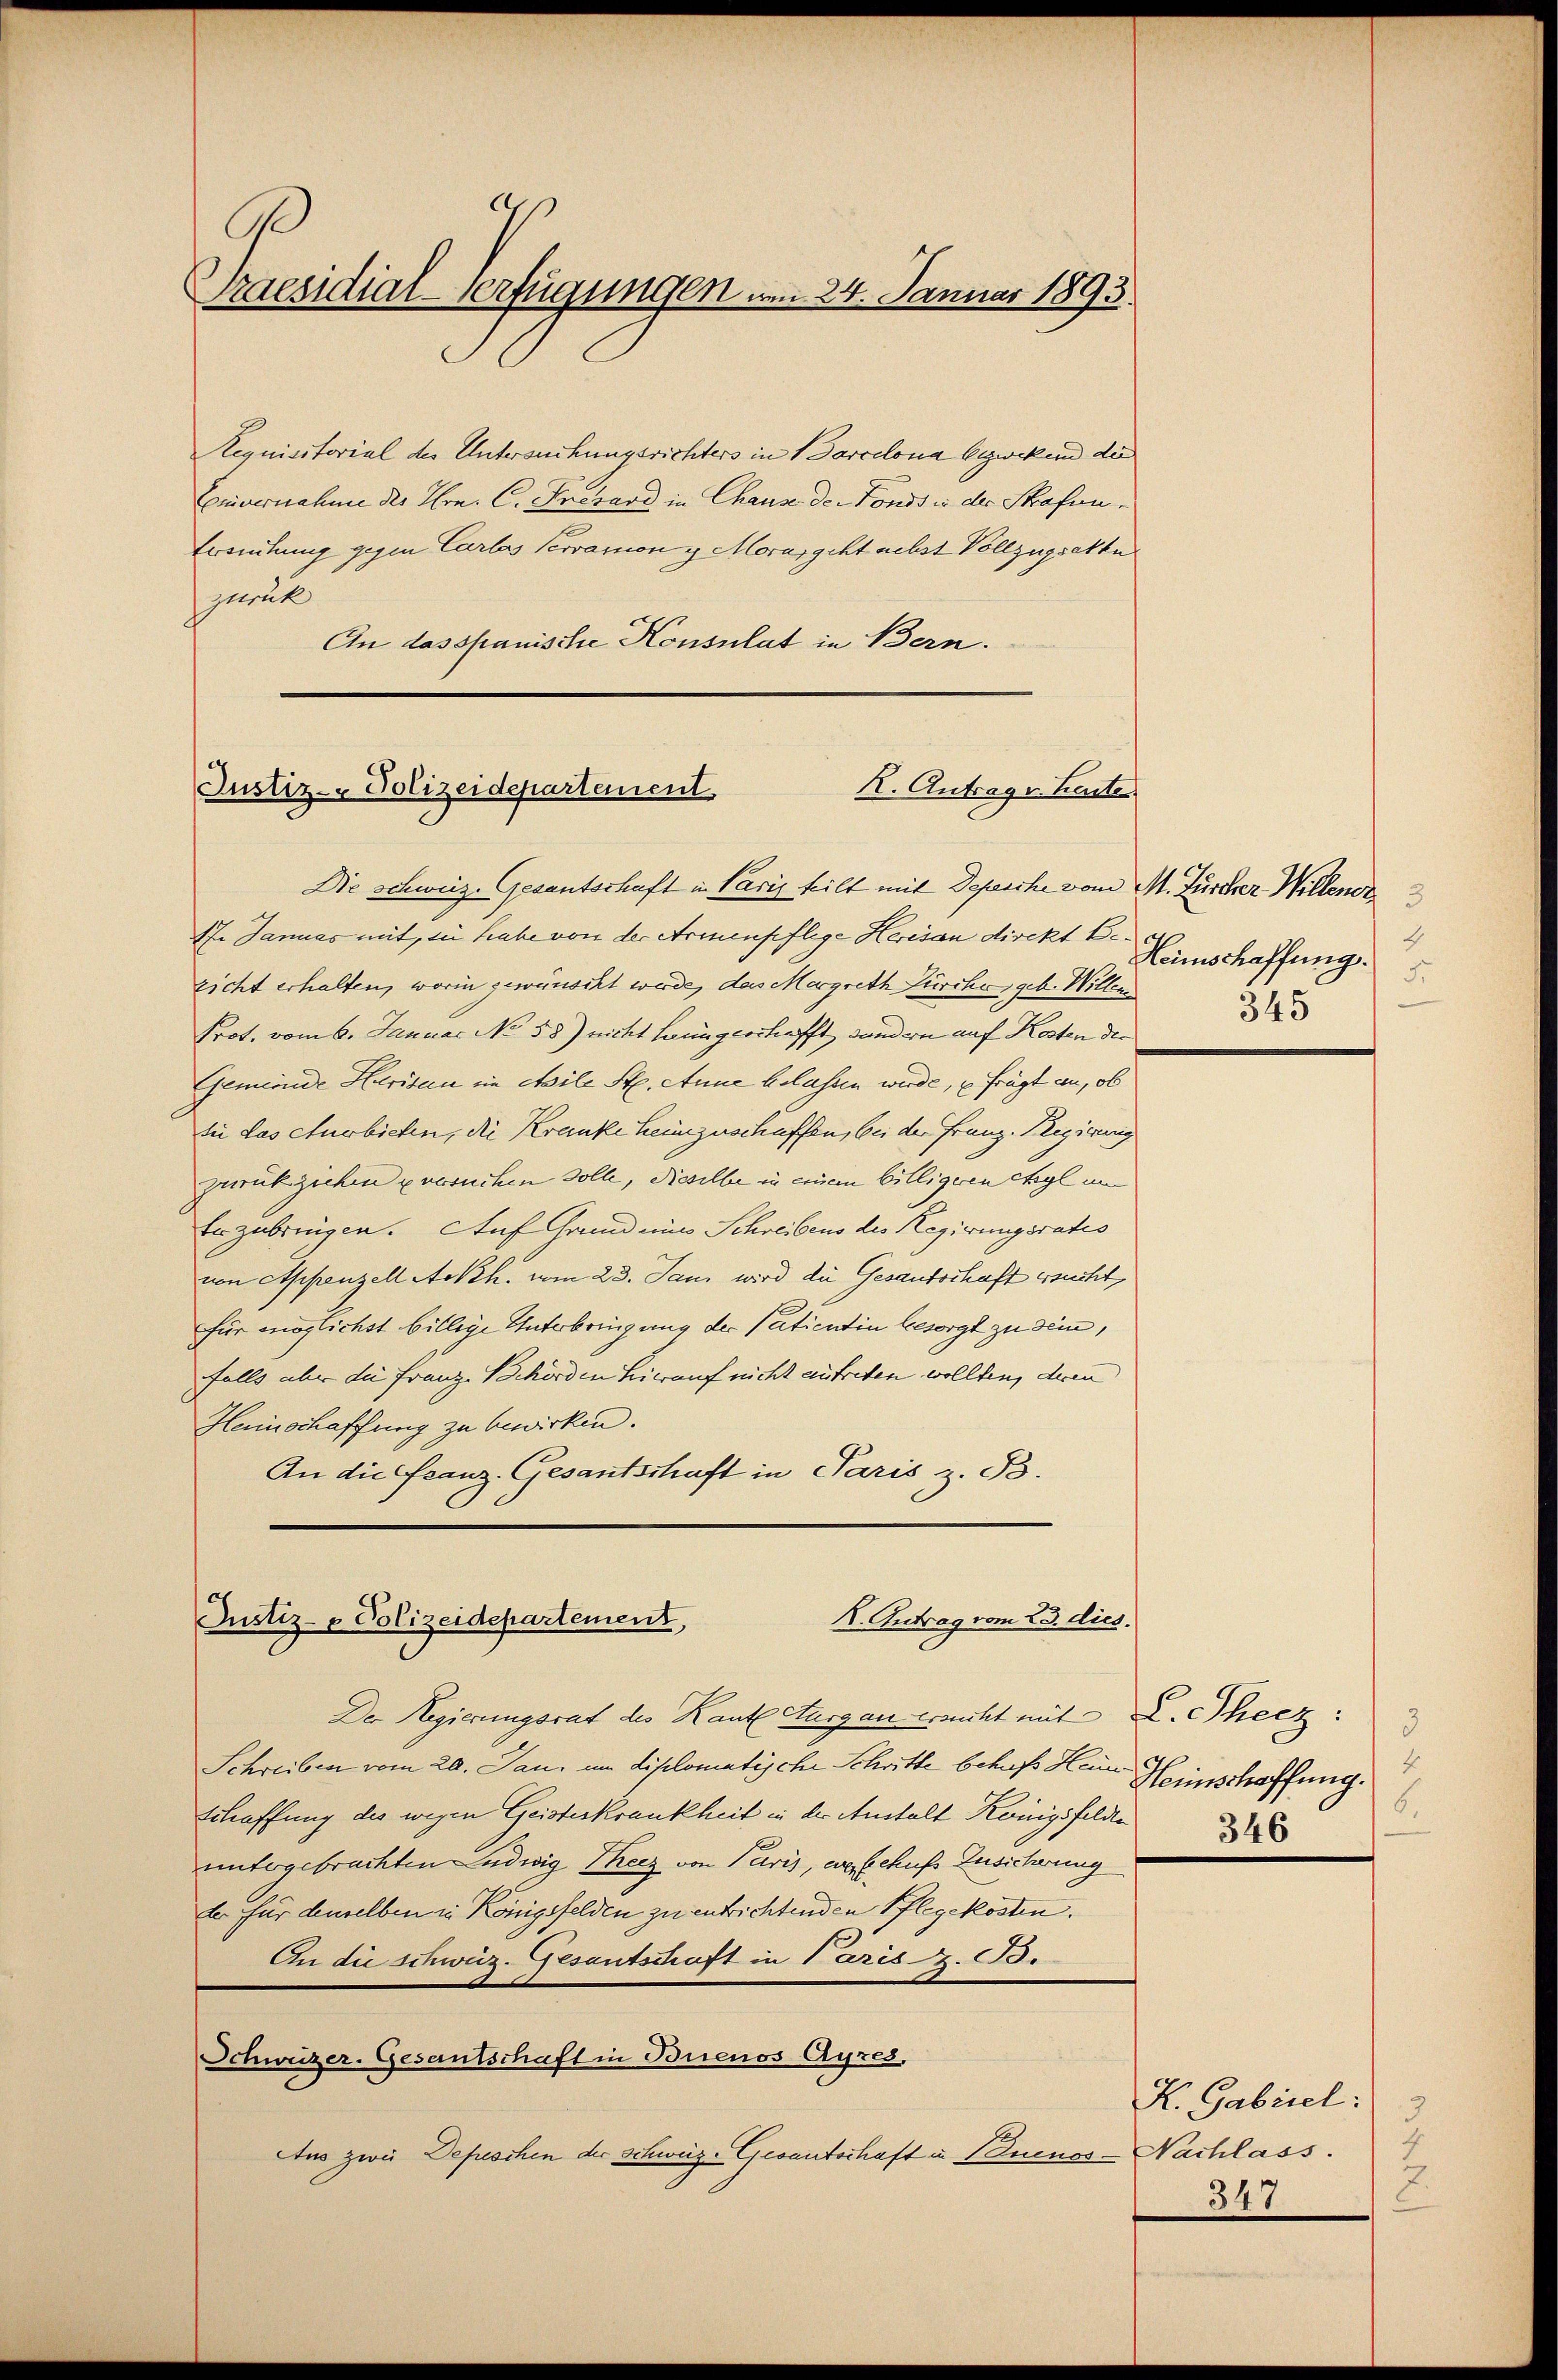
a
Praesidial-Verfügungen am 24. Januar 1893.

Requisitorial der Untersuchungsrichters in Barcelona bezweckend die
Couvernahme des Hrn. C. Fresard in Chause de Fonds in der Strafen¬
Ersuchung gegen Carlos servation g Moras geht nebst Vollzugsette
zurück
An das spanische Konsulat in Bern.

Justiz- Polizeidepartement
K. Antrag v. Kaste

K. Antrag vom 23. dies.
Justiz- & Polizeidepartement,

Der Regierungsrat des Kant. Thurgau ersucht mit L. Theez:
Schreiben vom 20. Jan. um diplomatische Schritte behufs Hein
schaffung des wegen Geisterkrankheit in der Anstalt Königsfelde
untergebrachten Ludwig Theez von Paris, ausschufs Zusicherung
de für denselben in Königsfelden zu entrichtenden Pflegekosten.
An die schweiz. Gesantschaft in Paris . .
Schweizer-Gesantschaft in Buenos Ayres,
Aus zwei Depeschen der Schweiz-Gesantschaft u. Buenos-Nachlass.

4
Heimschaffung.
5
345

3
Heinschaffung.
6.
346

Die schweiz. Gesantschaft in Paris heilt mit Depesche vom M. Zürcher Willenor
17. Januas mit, sie habe von der Armenpflege Herisau direkt Be-
zicht erhalten, worin gewünscht werde, das Mergreth Zürcher, geb. Willen
Prot. vom 6. Januar No 58) nicht Hungeschafft, sondern auf Kosten der
Gemeinde Herisau im Stile St. Anne belassen werde, u. frägt an, ob
sie das cturbieten, die Kranke heimzuschaffen, bei der Franz. Regierung
zurückziehen ersuchen solle, dieselbe in einem billigeren chyl um
Erzubringen. Auf Grund ein Schreibens des Regierungsrates
von Appenzell Ackh. vom 23. Jani wird die Gesandschaft ersucht,
für möglichst billige Unterbringung der Patientin besorgt zu sein,
falls aber die Franz Behörden hierauf nicht autreten wollten, deren
Heimschaffung zu bewirken.
An die Franz. Gesantschaft in Paris z. B.

K. Gabiel:
3
4
2.
347